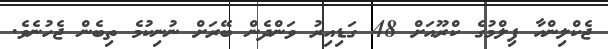
ޖެކްލިންއާ ފިލްމުގެ ކްރޫއަށް 48 ގަޑިއިރު ވަންދެން ބޭރަށް ނުނިކުމެ ތިބެން ޖެހުނެވެ.